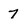
Character: 7